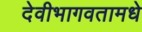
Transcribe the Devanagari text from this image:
देवीभागवतामधे